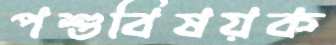
পশুবিষয়ক